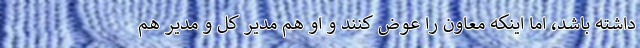
داشته باشد، اما اینکه معاون را عوض کنند و او هم مدیر کل و مدیر هم